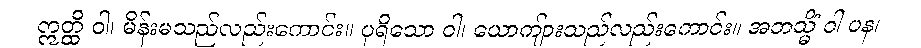
ဣတ္ထိ ဝါ၊ မိန်းမသည်လည်းကောင်း။ ပုရိသော ဝါ၊ ယောကျ်ားသည်လည်းကောင်း။ အဘသ္မိံ ဝါ ပန၊